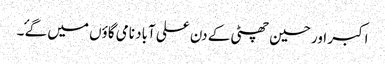
اکبر اور حسین چھٹی کے دن علی آباد نامی گاؤں میں گۓ ۔